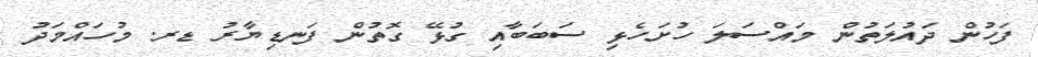
ފަހުން ދައުލަތުން މައްސަލަ ހުށަހެޅި ސަބަބާއި ގުޅޭ ގޮތުން ފަނޑިޔާރު ޑރ. މުހައްމަދު